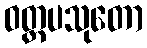
ဝတ္ထပသုတော